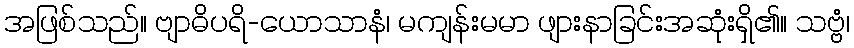
အဖြစ်သည်။ ဗျာဓိပရိ-ယောသာနံ၊ မကျန်းမမာ ဖျားနာခြင်းအဆုံးရှိ၏။ သဗ္ဗံ၊